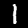
Digit: 1